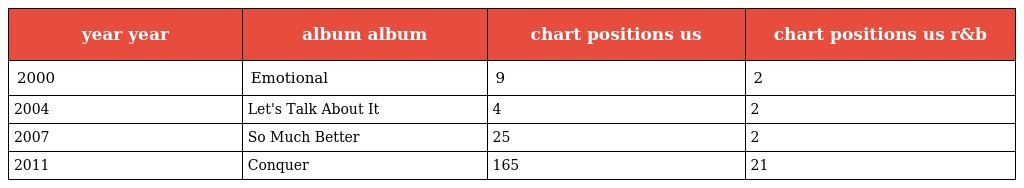
| year year | album album | chart positions us | chart positions us r&b |
 | --- | --- | --- | --- |
 | 2000 | Emotional | 9 | 2 |
 | 2004 | Let's Talk About It | 4 | 2 |
 | 2007 | So Much Better | 25 | 2 |
 | 2011 | Conquer | 165 | 21 |